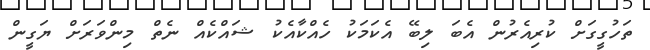
ތަހުގީގަށް ކުރިއެރުން އެބަ ލިބޭ އެކަމަކު ހެއްކާއެކު ޝައްކެއް ނެތް މިންވަރަށް ޔަގީން